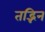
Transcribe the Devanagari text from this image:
तद्भिन